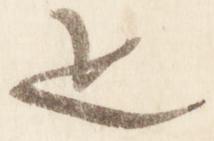
疋